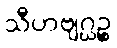
သီဟဗျဂ္ဃဉ္စ